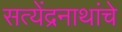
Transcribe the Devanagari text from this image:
सत्येंद्रनाथांचे